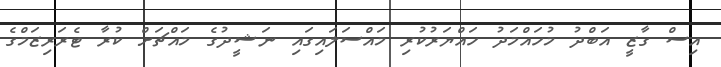
އިސް ގާޒީ އަބްދު މުހައްމަދު ހައްޔަރުކުރި މައްސަލައިގައި ނަޝީދުގެ މައްޗަށް ކުރާ ޓެރަރިޒަމްގެ